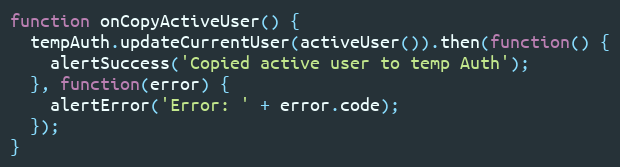
Language: JavaScript
function onCopyActiveUser() {
  tempAuth.updateCurrentUser(activeUser()).then(function() {
    alertSuccess('Copied active user to temp Auth');
  }, function(error) {
    alertError('Error: ' + error.code);
  });
}